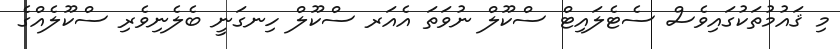
މި ޤައުމުތަކުގައިވެސް ސެޓެލައިޓް ސްކޫލް ނުވަތަ އެއަރ ސްކޫލް ހިނގަނީ ބެލެނިވެރި ސްކޫލެއްގެ